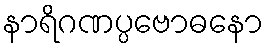
နာရိဂဏပ္ပဗောဓနော